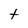
Character: t